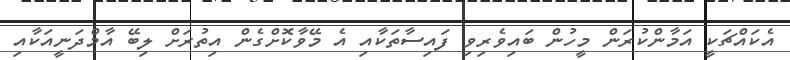
އެކައްޗަކީ އަމާންކުރަން މީހުން ބައިވެރިވި ފައިސާތަކާއި އެ މޭވާކޮށްގެން އިތުރަށް ލިބޭ އާމްދަނީއަކާއި